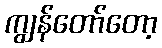
ကျွန်တော်တော့